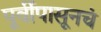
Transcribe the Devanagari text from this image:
पूर्वीपासूनचं